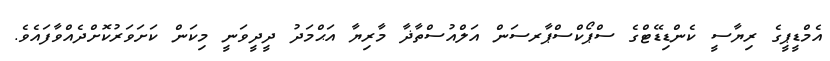
އެމްޑީޕީގެ ރިޔާސީ ކެންޑިޑޭޓްގެ ސްޕޯކްސްޕާރސަން އަލްއުސްތާޛާ މާރިޔާ އަޙްމަދު ދީދީވަނީ މިކަން ކަށަވަރުކޮށްދެއްވާފައެވެ.